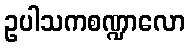
ဥပါသကစဏ္ဍာလော